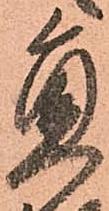
員